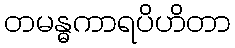
တမန္ဓကာရပိဟိတာ